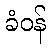
ခံဝန်